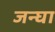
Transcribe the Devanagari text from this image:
जन्घा